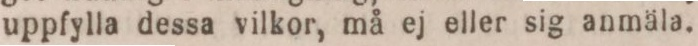
uppfylla dessa vilkor, må ej eller sig anmäla.